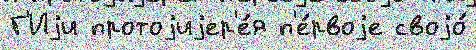
Г'Иjи протоjиjер'е́я п'е́рвоjе своjо́